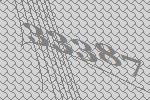
33387